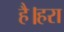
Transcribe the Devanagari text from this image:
है।हरा